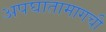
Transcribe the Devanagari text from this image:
अपघातामागची